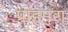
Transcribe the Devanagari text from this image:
प्राइमरा